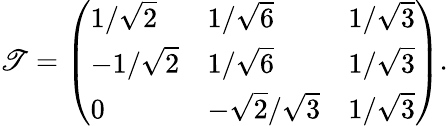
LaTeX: \mathscr{T}=\left(\begin{array}{lll}{1/\sqrt{2}}&{1/\sqrt{6}}&{1/\sqrt{3}}\\ {-1/\sqrt{2}}&{1/\sqrt{6}}&{1/\sqrt{3}}\\ {0}&{-\sqrt{2}/\sqrt{3}}&{1/\sqrt{3}}\end{array}\right).